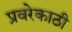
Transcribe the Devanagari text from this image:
प्रवरेकाठी